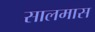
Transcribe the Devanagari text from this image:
सालमास